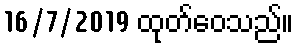
16/7/2019 ထုတ်ဝေသည်။